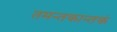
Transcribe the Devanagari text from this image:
तमन्तकान्तकं